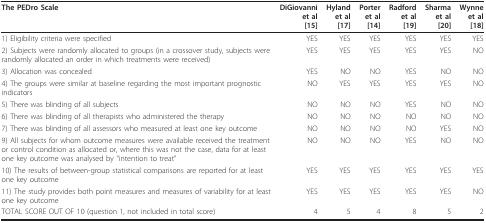
<table><thead><tr><td><b>The PEDro Scale</b></td><td><b>DiGiovanni et al[15]</b></td><td><b>Hyland et al[17]</b></td><td><b>Porter et al[14]</b></td><td><b>Radford et al[19]</b></td><td><b>Sharma et al[20]</b></td><td><b>Wynne et al[18]</b></td></tr></thead><tbody><tr><td>1) Eligibility criteria were specified</td><td>YES</td><td>YES</td><td>YES</td><td>YES</td><td>YES</td><td>YES</td></tr><tr><td>2) Subjects were randomly allocated to groups (in a crossover study, subjects were randomly allocated an order in which treatments were received)</td><td>YES</td><td>YES</td><td>YES</td><td>YES</td><td>YES</td><td>NO</td></tr><tr><td>3) Allocation was concealed</td><td>YES</td><td>NO</td><td>NO</td><td>YES</td><td>NO</td><td>NO</td></tr><tr><td>4) The groups were similar at baseline regarding the most important prognostic indicators</td><td>NO</td><td>YES</td><td>YES</td><td>YES</td><td>YES</td><td>NO</td></tr><tr><td>5) There was blinding of all subjects</td><td>NO</td><td>NO</td><td>NO</td><td>YES</td><td>NO</td><td>NO</td></tr><tr><td>6) There was blinding of all therapists who administered the therapy</td><td>NO</td><td>NO</td><td>NO</td><td>NO</td><td>NO</td><td>NO</td></tr><tr><td>7) There was blinding of all assessors who measured at least one key outcome</td><td>NO</td><td>NO</td><td>NO</td><td>NO</td><td>YES</td><td>NO</td></tr><tr><td>9) All subjects for whom outcome measures were available received the treatment or control condition as allocated or, where this was not the case, data for at least one key outcome was analysed by &quot;intention to treat&quot;</td><td>NO</td><td>NO</td><td>NO</td><td>YES</td><td>NO</td><td>NO</td></tr><tr><td>10) The results of between-group statistical comparisons are reported for at least one key outcome</td><td>YES</td><td>YES</td><td>YES</td><td>YES</td><td>YES</td><td>YES</td></tr><tr><td>11) The study provides both point measures and measures of variability for at least one key outcome</td><td>YES</td><td>YES</td><td>YES</td><td>YES</td><td>YES</td><td>NO</td></tr><tr><td>TOTAL SCORE OUT OF 10 (question 1, not included in total score)</td><td>4</td><td>5</td><td>4</td><td>8</td><td>5</td><td>2</td></tr></tbody></table>